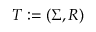
T : = ( \Sigma , R )